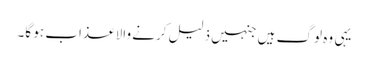
یہی وہ لوگ ہیں جنہیں ذلیل کرنے والا عذاب ہو گا۔